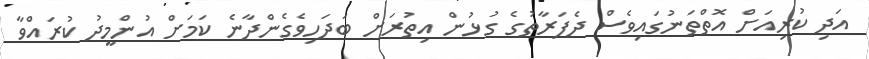
އަދި ކުރިއަށް އޮތްތަނުގައިވެސް ދެފަރާތުގެ ގުޅުން އިތުރަށް ބަދަހިވެގެންދާނެ ކަމަށް އުންމީދު ކުރައްވާ